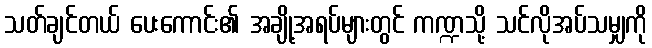
သတ်ချင်တယ် ပေးကောင်း၏ အချို့အရပ်များတွင် ကဏ္ဍသို့ သင်လိုအပ်သမျှကို